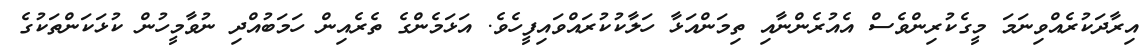
އިރާދަކުރެއްވިނަމަ މީގެކުރިންވެސް އެއުރެންނާއި ތިމަންއަޅާ ހަލާކުކުރައްވައިފީހެވެ. އަޅަމެންގެ ތެރެއިން ހަމަބުއްދި ނުވާމީހުން ކުޅަކަންތަކުގެ